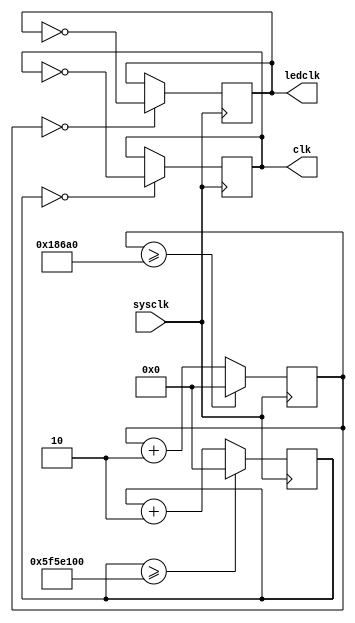
module Newclk(
input sysclk,
output reg clk,
output reg ledclk

);

//reg clk;
//reg ledclk;
reg [31:0] state1;
reg [31:0] state2;
parameter [31:0] divide1=32'd100000000;
parameter [31:0] divide2=32'd100000;
always @(posedge sysclk)
begin
if(state1==0)
clk<=~clk;
state1<=state1+32'd2;
if(state1>=divide1)
state1<=32'd0;
end

always @(posedge sysclk )
begin
if(state2==0)
ledclk<=~ledclk;
state2<=state2+32'd2;
if(state2>=divide2)
state2<=32'd0;
end


endmodule